Indian journal of veterinary science and animal husbandry - Volumes 24-25, 1954-1955
Year: 1954
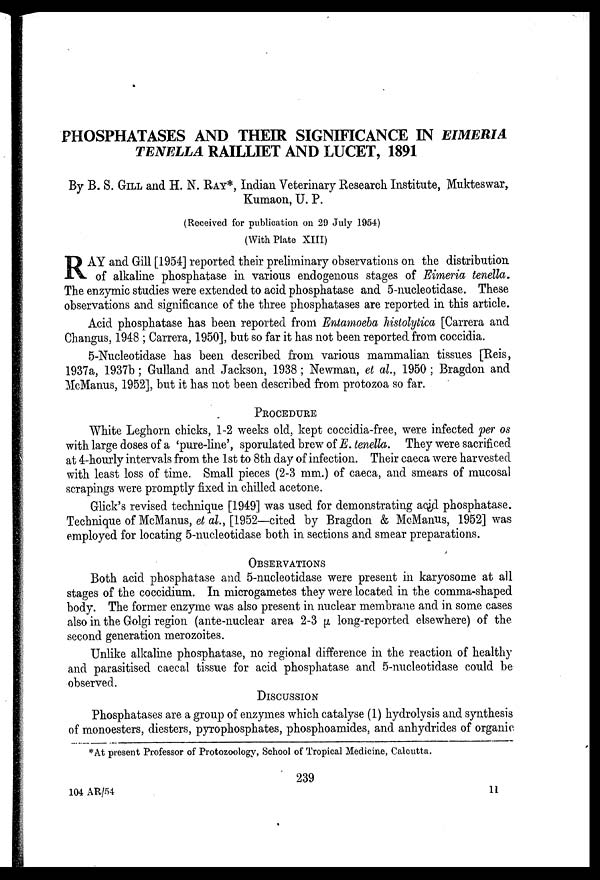
PHOSPHATASES AND THEIR SIGNIFICANCE IN EIMERIA
TENELLA RAILLIET AND LUCET, 1891
By B. S. GILL and H. N. RAY*, Indian Veterinary Research Institute, Mukteswar,
Kumaon, U. P.
(Received for publication on 29 July 1954)
(With Plate XIII)
R AY and Gill [1954] reported their preliminary observations on the distribution
of alkaline phosphatase in various endogenous stages of Eimeria tenella.
The enzymic studies were extended to acid phosphatase and 5-nucleotidase. These
observations and significance of the three phosphatases are reported in this article.
Acid phosphatase has been reported from Entamoeba histolytica [Carrera and
Changus, 1948 ; Carrera, 1950], but so far it has not been reported from coccidia.
5-Nucleotidase has been described from various mammalian tissues [Reis,
1937a, 1937b ; Gulland and Jackson, 1938 ; Newman, et al., 1950 ; Bragdon and
McManus, 1952], but it has not been described from protozoa so far.
PROCEDURE
White Leghorn chicks, 1-2 weeks old, kept coccidia-free, were infected per os
with large doses of a 'pure-line', sporulated brew of E. tenella. They were sacrificed
at 4-hourly intervals from the 1st to 8th day of infection. Their caeca were harvested
with least loss of time. Small pieces (2-3 mm.) of caeca, and smears of mucosal
scrapings were promptly fixed in chilled acetone.
Glick's revised technique [1949] was used for demonstrating acid phosphatase.
Technique of McManus, et al., [1952—cited by Bragdon & McManus, 1952] was
employed for locating 5-nucleotidase both in sections and smear preparations.
OBSERVATIONS
Both acid phosphatase and 5-nucleotidase were present in karyosome at all
stages of the coccidium. In microgametes they were located in the comma-shaped
body. The former enzyme was also present in nuclear membrane and in some cases
also in the Golgi region (ante-nuclear area 2-3 µ long-reported elsewhere) of the
second generation merozoites.
Unlike alkaline phosphatase, no regional difference in the reaction of healthy
and parasitised caecal tissue for acid phosphatase and 5-nucleotidase could be
observed.
DISCUSSION
Phosphatases are a group of enzymes which catalyse (1) hydrolysis and synthesis
of monoesters, diesters, pyrophosphates, phosphoamides, and anhydrides of organic
*At present Professor of Protozoology, School of Tropical Medicine, Calcutta.
239
104 AR/54
11